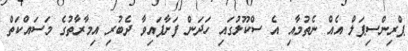
ޕްރިންސިޕަލް އެއް ނެތުމާއި އެ ސްކޫލުގައި ހަދަން ފަށާފައިވާ ދެބުރި އިމާރާތުގެ މަސައްކަތް